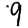
Digit: 9